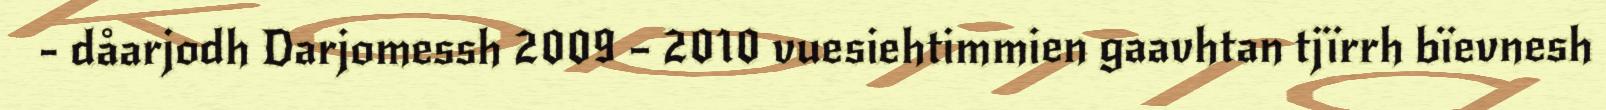
- dåarjodh Darjomessh 2009 – 2010 vuesiehtimmien gaavhtan tjïrrh bïevnesh